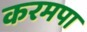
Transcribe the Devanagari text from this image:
करमपा